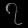
Digit: ၇